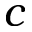
c